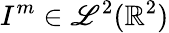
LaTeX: I^{m}\in{\mathscr{L}^{2}(\mathbb{{R}}^{2})}